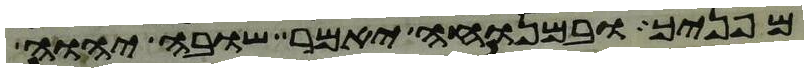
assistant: מפניך ובמנוחה יאמר שובה יהוה